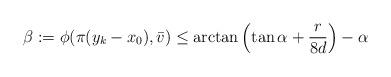
LaTeX: \begin{align*}\beta:=\phi(\pi(y_k-x_0),\bar v)\le\arctan\left(\tan\alpha+\frac r {8d}\right)-\alpha\end{align*}